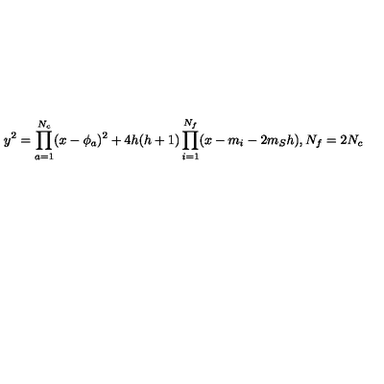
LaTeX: y ^ { 2 } = \prod _ { a = 1 } ^ { N _ { c } } ( x - \phi _ { a } ) ^ { 2 } + 4 h ( h + 1 ) \prod _ { i = 1 } ^ { N _ { f } } ( x - m _ { i } - 2 m _ { S } h ) , N _ { f } = 2 N _ { c }